Tezpur Lunatic Asylum reports 1895-1904 - 1895-1904
Year: 1895
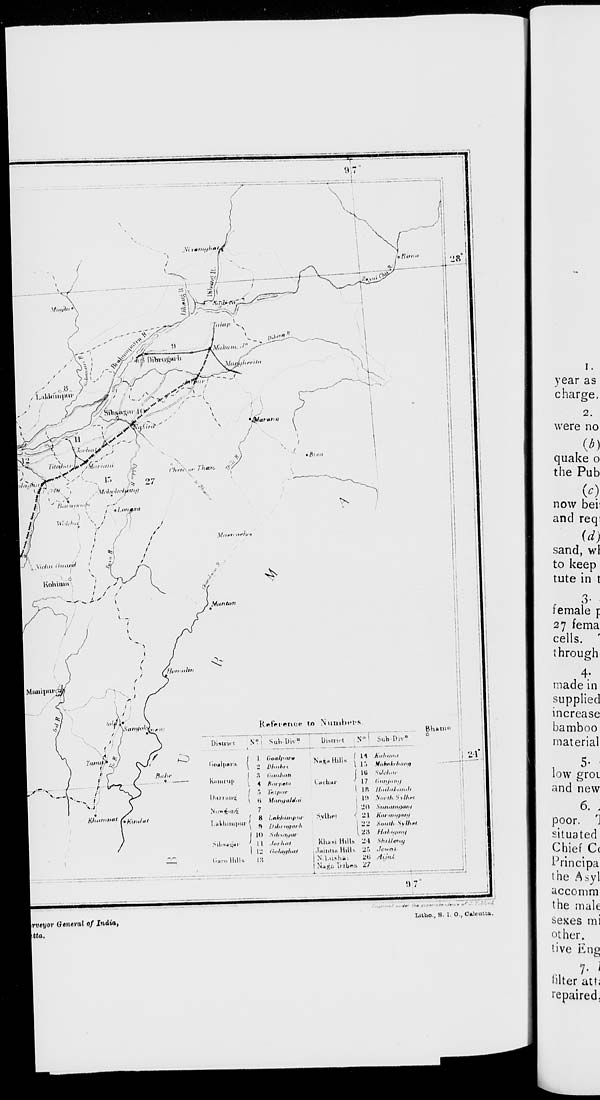
Irvei/or General of India,
ltta.
Litho., B. 1. 0., Calmttu.
I.
year as
charge,
2.
were no
quake o
the Pub
now bei:
and req:
id)
sand, wl
to keep
tute in t
female p
27 fema
cells. '
through
4-
made in
supplied
increase
bamboo
material
1
5 -
low groi
and new
6. .
poor. 1
situated
Chief C(
Principa
the Asyl
accomm
the male
sexes mi
other,
tive Eng
. ?' 1
hlter attj
repaired.